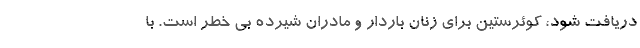
دریافت شود، کوئرستین برای زنان باردار و مادران شیرده بی خطر است. با